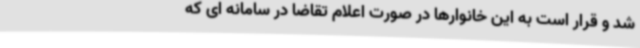
شد و قرار است به این خانوارها در صورت اعلام تقاضا در سامانه ای که